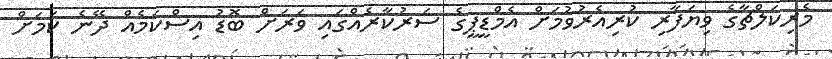
މެރިކަލްޗާގެ ވިޔަފާރި ކުރިއެރުވުމަށް އެމްޑީޕީގެ ސަރުކާރެއްގައި ވަރަށް ބޮޑު އިސްކަމެއް ދޭނެ ކަމަށް